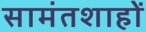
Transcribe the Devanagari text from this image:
सामंतशाहों